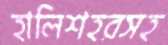
হালিশহরসহ